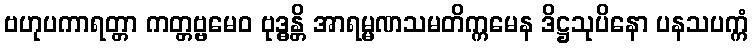
ဗဟုပကာရတ္တာ ကတ္တဗ္ဗမေဝ ဗုဒ္ဓန္တိ အာရမ္မဏသမတိက္ကမေန ဒိဋ္ဌသုပိနော ပနသပက္ကံ